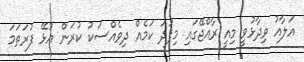
އަލާއު ވިދާޅުވީ މިއީ ރާއްޖޭގައި މިފަދަ ކަމެއް ދިވެއްސަކު ކުރަން އުޅޭ ފުރަތަމަ